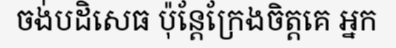
ចង់បដិសេធ ប៉ុន្តែក្រែងចិត្តគេ អ្នក